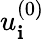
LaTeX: u_{\mathbf{i}}^{(0)}